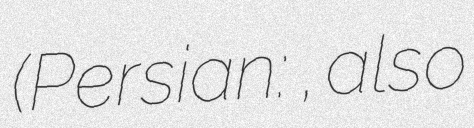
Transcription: (Persian: دشت رئيس, also